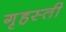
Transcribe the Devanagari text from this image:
गृहस्ती